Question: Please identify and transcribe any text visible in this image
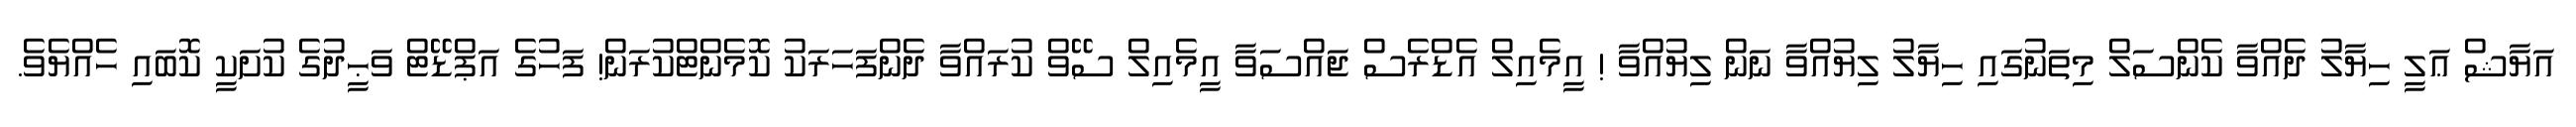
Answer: އަޔާޝް ޢަލީ ހިޔާލު ދެއްވާ ކެންސަލް މިތަނުގައި ހިޔާލު ލިޔުއްވާ ނަން ލިޔުއްވާ ! އީމެއިލް އެޑްރެސް ޖައްސަވާ އީމެއިލް ސޭވް ކުރައްވާ ދެންފަހަރަކު ކޮމެންޓްކުރަން! ފަހުގެ އަޕްޑޭޓް ވަޙީދުގެ ކުށަކީ ކޮބައި ހެއްޔެވެ.